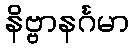
နိဗ္ဗာနင်္ဂမာ